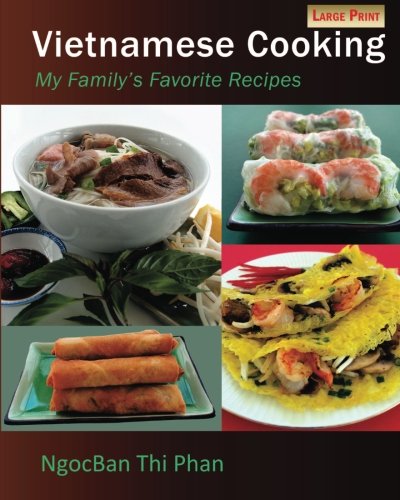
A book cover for Vietnamese Cooking: My Family's Favorite Recipes; Ms. NgocBan Thi Phan; Cookbooks, Food & Wine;